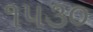
૧૫૩૦